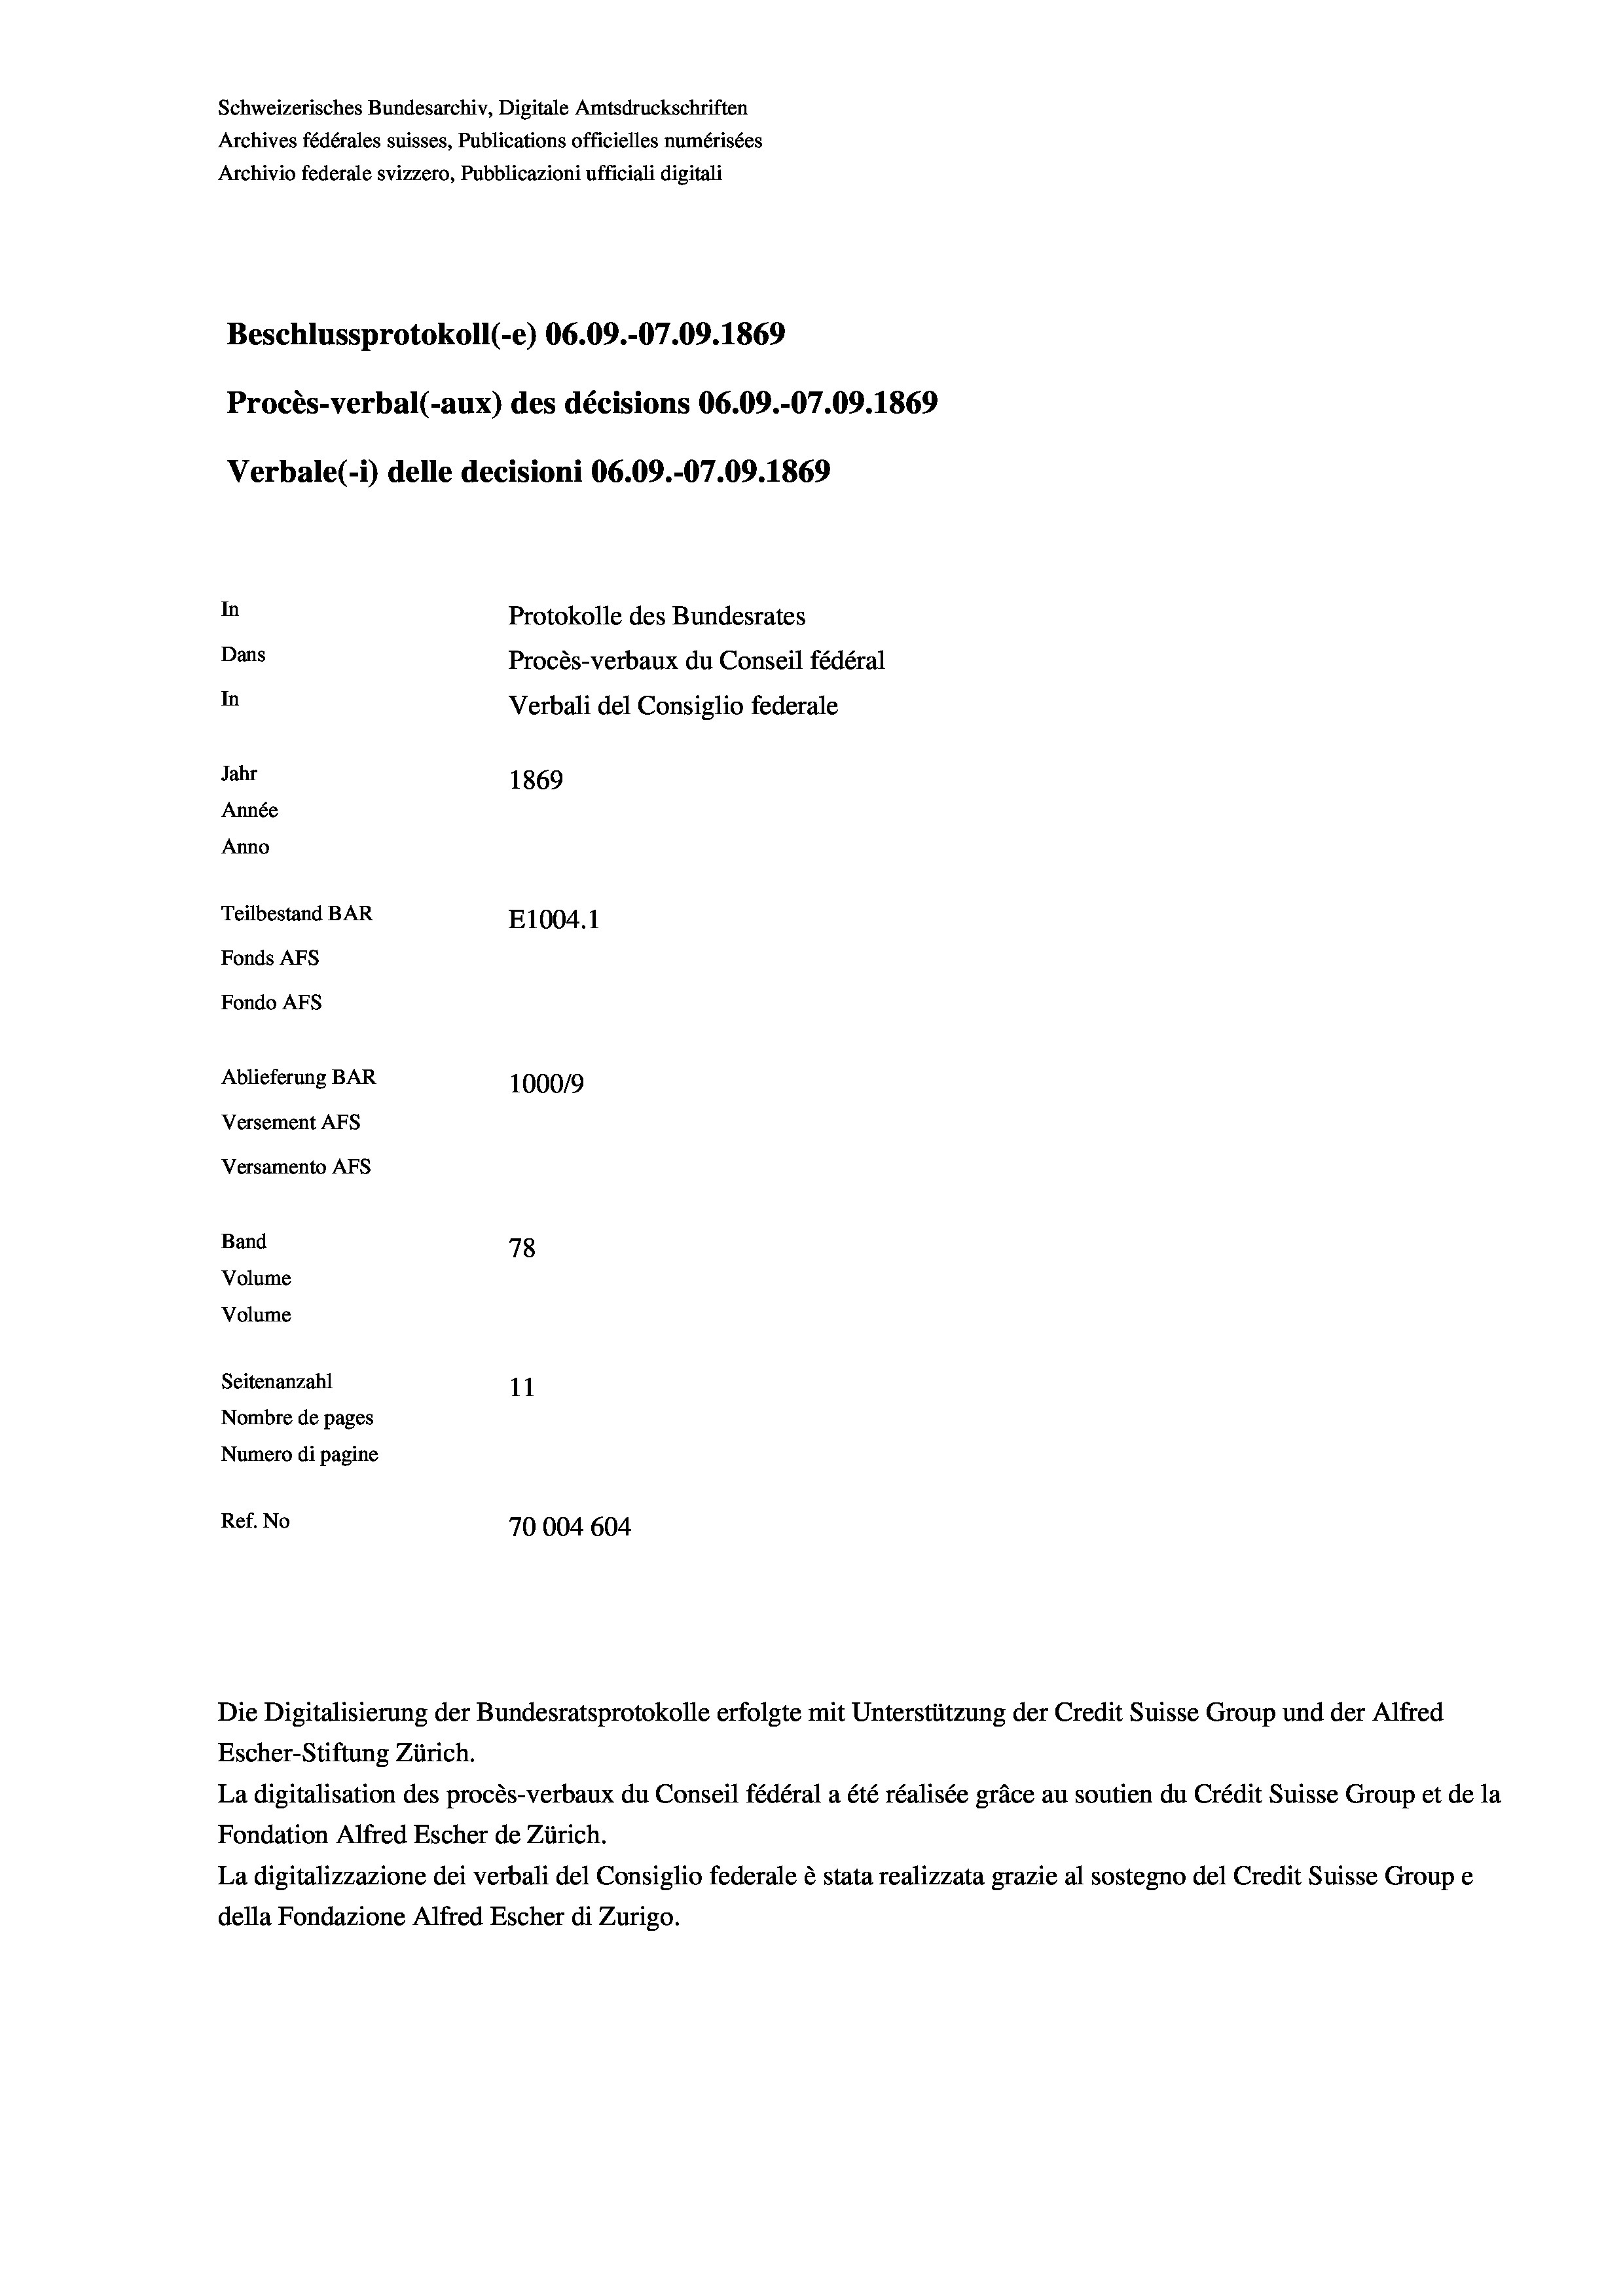
Protokolle des Bundesrates
Dans
Procès-verbaux du Conseil fédéral
In
Verbali del Consiglio federale
Jahr
1869
Année
Anno
Teilbestand BAR
E1004.1
Fonds AFs
Fondo AFS

Schweizerisches Bundesarchiv, Digitale Amtsdruckschriften
Archives fédérales suisses, Publications officielles numérisées
Archivio federale svizzero, Pubblicazioni ufficiali digitali

In

Ablieferung BAR
Versement AFs
Versamento AFs
Band
Volume
Volume
Seitenanzahl

Beschlussprotokoll (-e) 06.09.-07.09. 1869
Procès-verbal (-aux) des décisions 06.09.-07.09. 1869

Verbale (i) delle decisioni 06.09.-07.09. 1869

100019
78
11
Nombre de pages
Numero di pagine
Ref. No
70004 604

Escher-Stiftung Zürich.
La digitalisation des procès-verbaux du Conseil fédéral a été réalisée gräce au soutien du Crédit Suisse Group et de la
Fondation Alfred Escher de Zürich.
La digitalizzazione dei verbali del Consiglio federale è stata realizzata grazie al sostegno del Credit Suisse Groupe
della Fondazione Alfred Escher di Zurigo.

Die Digitalisierung der Bundesratsprotokolle erfolgte mit Unterstützung der Credit Suisse Group und der Alfred